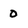
Character: o